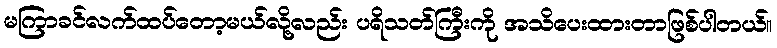
မကြာခင်လက်ထပ်တော့မယ်လို့လည်း ပရိသတ်ကြီးကို အသိပေးထားတာဖြစ်ပါတယ်။